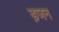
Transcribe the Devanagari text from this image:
ड़जन